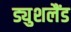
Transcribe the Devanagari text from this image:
ड्युशलैंड